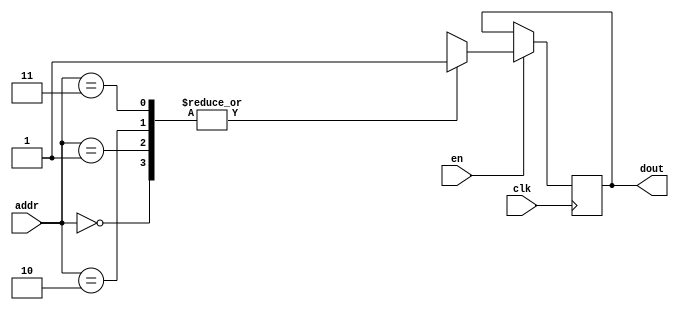
`timescale 1ns / 1ps
/*
Copyright
All right reserved.
Module Name: rom_syn
Author  : Zichuan Liu, Yixing Li and Wenye Liu.
Description:
A synthesized ROM: ROM_DEP x ROM_WID
*/
module AD_REF_SIGN_ROM_13(
// inputs
clk,
en,
addr,
// outputs
dout
);
localparam ROM_WID = 1;
localparam ROM_DEP = 4;
localparam ROM_ADDR = 2;
// input definition
input clk;
input en;
input [ROM_ADDR-1:0] addr;
// output definition
output [ROM_WID-1:0] dout;
reg [ROM_WID-1:0] data;
always @(posedge clk)
begin
if (en) begin
case(addr)
		2'd0: data <= 1'b1;
		2'd1: data <= 1'b1;
		2'd2: data <= 1'b1;
		2'd3: data <= 1'b1;
		endcase
		end
	end
	assign dout = data;
endmodule